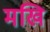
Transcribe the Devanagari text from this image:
मखि